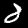
Digit: 8